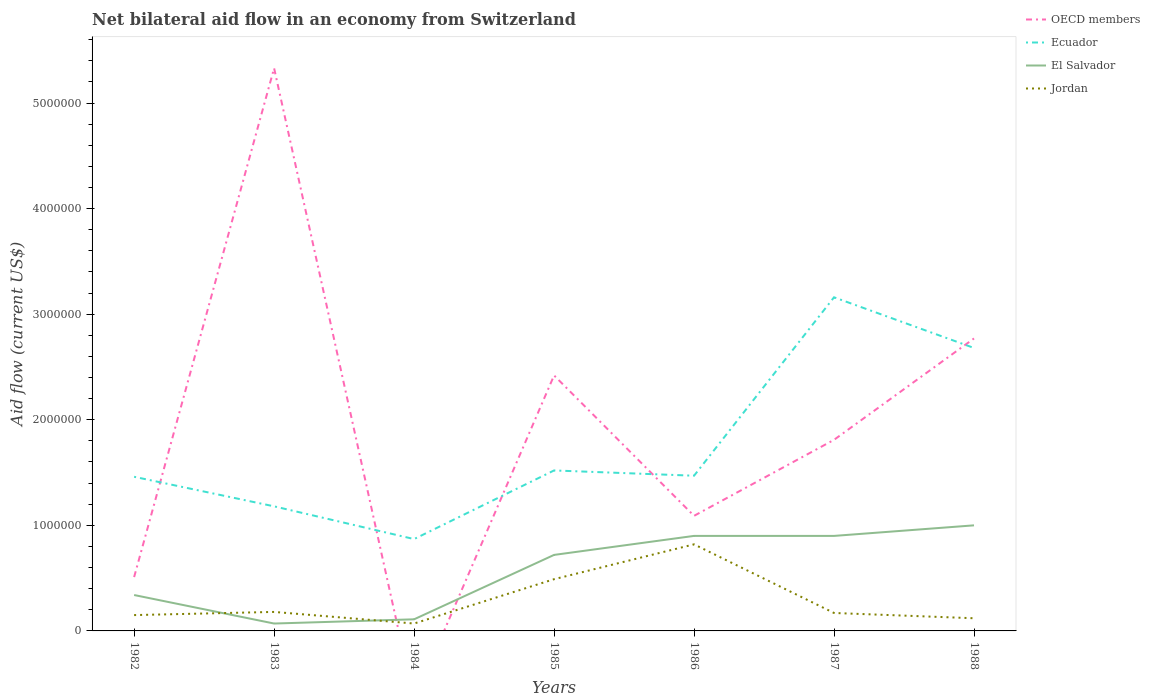
| Years | OECD members | Ecuador | El Salvador | Jordan |
 | --- | --- | --- | --- | --- |
 | 1982 | 5.1e+05 | 1.46e+06 | 3.4e+05 | 1.5e+05 |
 | 1983 | 5.33e+06 | 1.18e+06 | 7e+04 | 1.8e+05 |
 | 1984 | -6.6e+05 | 8.7e+05 | 1.1e+05 | 7e+04 |
 | 1985 | 2.42e+06 | 1.52e+06 | 7.2e+05 | 4.9e+05 |
 | 1986 | 1.09e+06 | 1.47e+06 | 9e+05 | 8.2e+05 |
 | 1987 | 1.81e+06 | 3.16e+06 | 9e+05 | 1.7e+05 |
 | 1988 | 2.77e+06 | 2.68e+06 | 1e+06 | 1.2e+05 |